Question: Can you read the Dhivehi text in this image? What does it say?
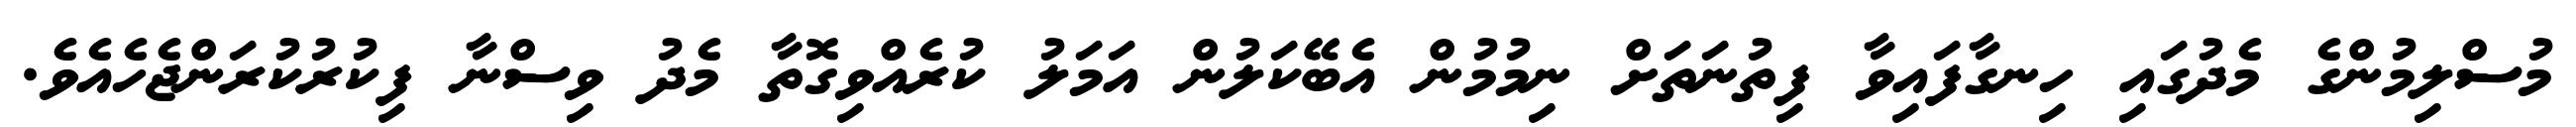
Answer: މުސްލިމުންގެ މެދުގައި ހިނގާފައިވާ ފިތުނަތަށް ނިމުމުން އެބޭކަލުން އަމަލު ކުރެއްވިގޮތާ މެދު ވިސްނާ ފިކުރުކުރަންޖެހެއެވެ.